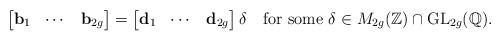
LaTeX: \begin{align*}\left[\begin{matrix}\mathbf{b}_1 & \cdots & \mathbf{b}_{2g}\end{matrix}\right]=\left[\begin{matrix}\mathbf{d}_1 & \cdots & \mathbf{d}_{2g}\end{matrix}\right]\delta\quad\textrm{for some}~\delta\in M_{2g}(\mathbb{Z})\cap\mathrm{GL}_{2g}(\mathbb{Q}).\end{align*}